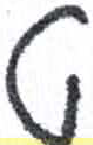
אות: י